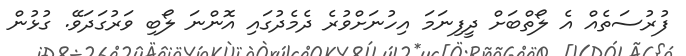
ފުރުސަތެއް އެ ލޯތްބަށް ދީފިނަމަ އިހުނަށްވުރެ ދެމެދުގައި އޮންނަ ލޯބި ވަރުގަދަވޭ. ގުޅުން